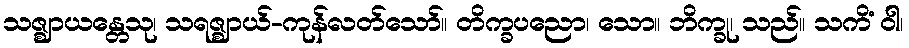
သဇ္ဈာယန္တေသု၊ သရဇ္ဈာယ်-ကုန်လတ်သော်။ တိက္ခပညော၊ သော။ ဘိက္ခု၊ သည်။ သကိံ ဝါ၊